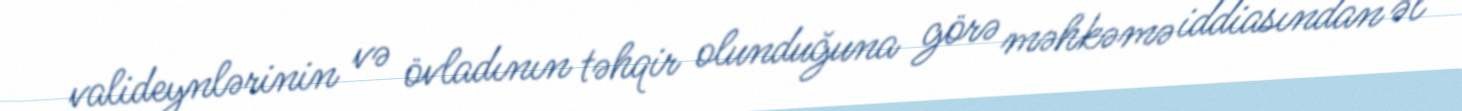
valideynlərinin və övladının təhqir olunduğuna görə məhkəmə iddiasından əl